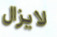
لايزال